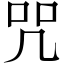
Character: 咒